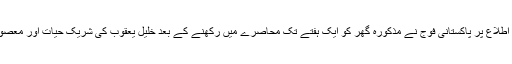
تربت میں اِن کی موجودگی کی اطلاع پر پاکستانی فوج نے مذکورہ گھر کو ایک ہفتے تک محاصرے میں رکھنے کے بعد خلیل یعقوب کی شریک حیات اور معصوم بچوں کو حراست میں لے لیا۔